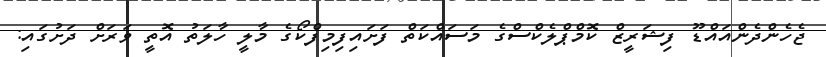
ޖެހެންދެންއައްޑޫ ފިޝަރީޒް ކޮމްޕްލެކްސްގެ މަސައްކަތް ފަށައިފިމިފްކޯގެ މާލީ ހާލަތު އޮތީ ވަރަށް ދަށުގައި: